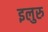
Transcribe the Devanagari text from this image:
इलुरु